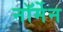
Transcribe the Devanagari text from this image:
नॉर्मेन